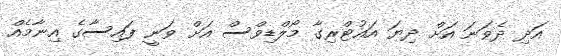
އަދި ދެވަނަ އަށް ދިޔަ އައުޓްރިގާ މޯލްޑިވްސް އަށް ވަނީ ފައިސާގެ އިނާމެއް